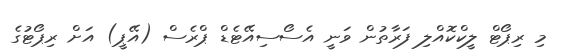
މި ރިޕޯޓް ލީކްކޮއްލި ފަރާތުން ވަނީ އެސޯސިއޭޓެޑް ޕްރެސް (އޭޕީ) އަށް ރިޕޯޓުގެ